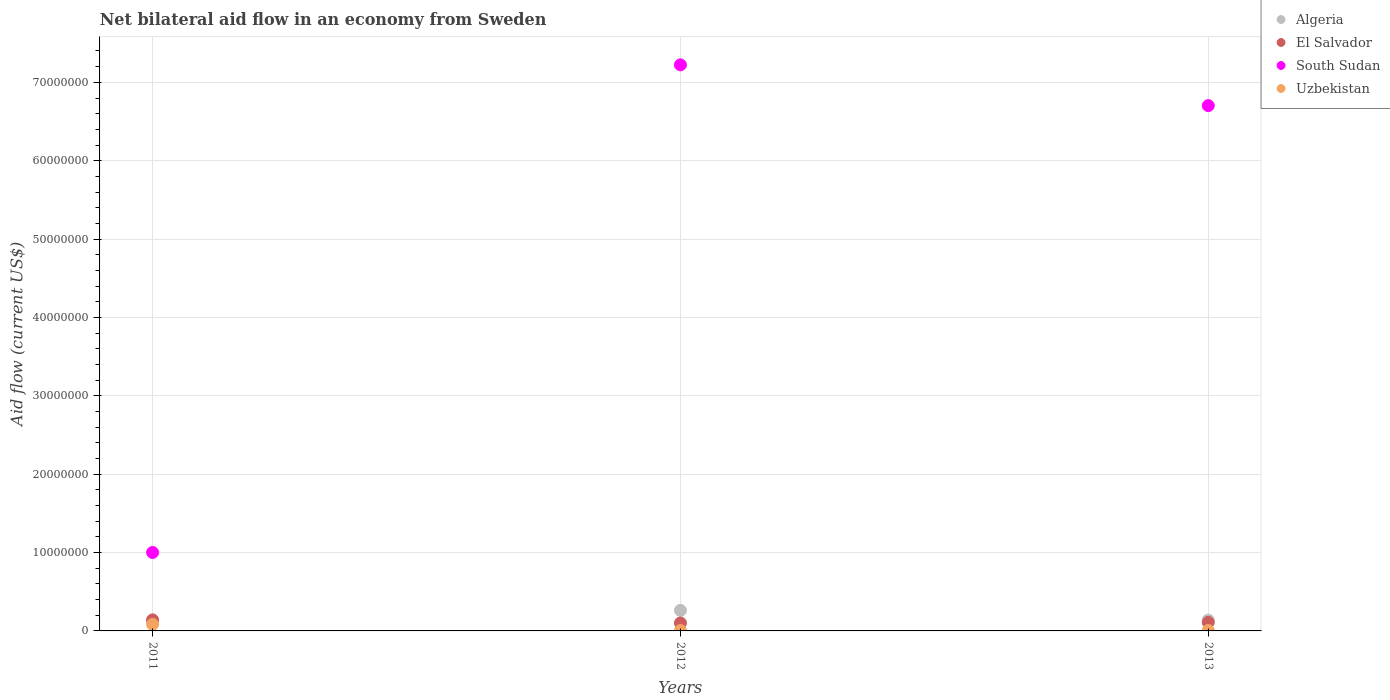
| Years | Algeria | El Salvador | South Sudan | Uzbekistan |
 | --- | --- | --- | --- | --- |
 | 2011 | 1.08e+06 | 1.41e+06 | 1e+07 | 8.3e+05 |
 | 2012 | 2.62e+06 | 1.01e+06 | 7.22e+07 | 5e+04 |
 | 2013 | 1.38e+06 | 1.09e+06 | 6.7e+07 | 6e+04 |